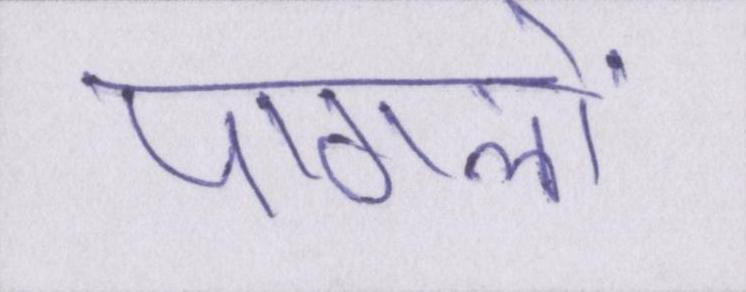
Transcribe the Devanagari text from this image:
पागलों